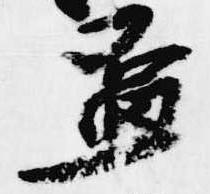
盃